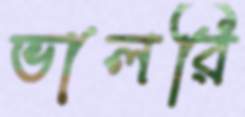
ভালরি